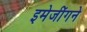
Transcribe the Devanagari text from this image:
इमेजींगने